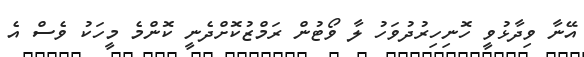
އޭނާ ވިދާޅުވީ ހޮނިހިރުދުވަހު ލާ ވޯޓުން ރަމްޒުކޮށްދެނީ ކޮންމެ މީހަކު ވެސް އެ